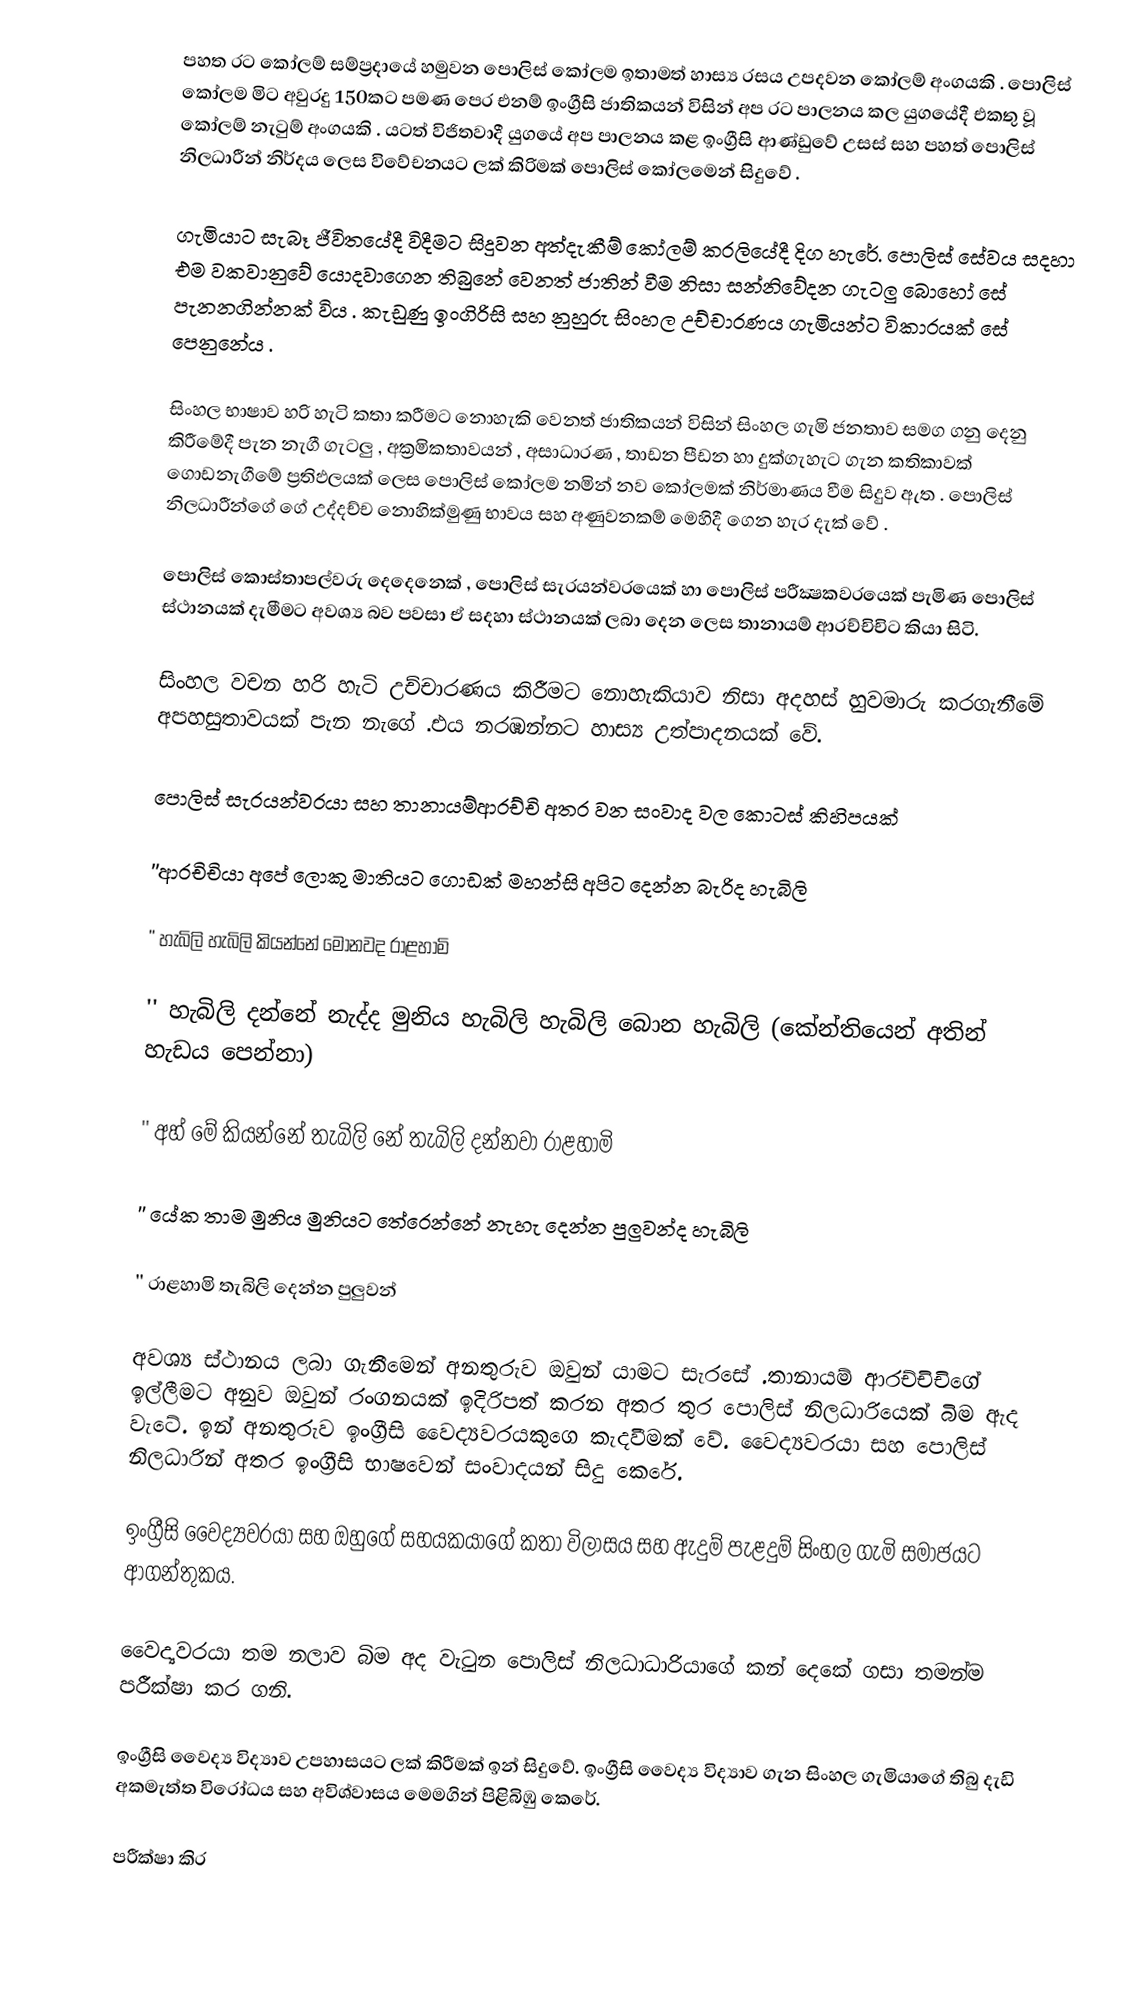
පහත රට කෝලම් සම්ප්‍රදායේ   හමුවන පොලිස්  කෝලම ඉතාමත්  හාස්‍ය රසය උපදවන කෝලම් අංගයකි . පොලිස්  කෝලම  මිට අවුරදු 150කට පමණ පෙර එනම් ඉංග්‍රීසි  ජාතිකයන්   විසින්  අප රට පාලනය කල  යුගයේදී  එකතු  වූ  කෝලම් නැටුම්  අංගයකි . යටත් විජිතවාදී යුගයේ අප පාලනය කළ ඉංග්‍රීසි ආණ්ඩුවේ  උසස්‌ සහ පහත් පොලිස් නිලධාරීන් නිර්දය ලෙස  විවේචනයට ලක් කිරිමක් පොලිස්  කෝලමෙන්  සිදුවේ .

ගැමියාට  සැබෑ  ජීවිතයේදී  විදීමට සිදුවන  අත්දැකීම් කෝලම් කරලියේදී දිග හැරේ. පොලිස් සේවය සදහා  එම  වකවානුවේ   යොදවාගෙන තිබුනේ වෙනත් ජාතින් වීම නිසා සන්නිවේදන ගැටලු බොහෝ සේ පැනනගින්නක් විය  .  කැඩුණු ඉංගිරිසි සහ නුහුරු සිංහල උච්චාරණය ගැමියන්ට විකාරයක් සේ පෙනුනේය .

සිංහල භාෂාව හරි හැටි කතා කරීමට නොහැකි වෙනත් ජාතිකයන් විසින් සිංහල ගැමි ජනතාව සමග ගනු දෙනු කිරීමේදී පැන  නැගී  ගැටලු  , අක්‍රමිකතාවයන්  , අසාධාරණ  , තාඩන පීඩන හා දුක්ගැහැට ගැන කතිකාවක් ගොඩනැගීමේ ප්‍රතිඵලයක් ලෙස  පොලිස්  කෝලම නමින් නව කෝලමක් නිර්මාණය වීම සිදුව ඇත . පොලිස්  නිලධාරීන්ගේ  ගේ උද්දච්ච නොහික්මුණු භාවය සහ අණුවනකම් මෙහිදී  ගෙන හැර  දැක් වේ .

පොලිස් කොස්තාපල්වරු දෙදෙනෙක් ,  පොලිස් සැරයන්වරයෙක් හා  පොලිස් පරීක්‍ෂකවරයෙක් පැමිණ   පොලිස් ස්ථානයක්  දැමීමට අවශ්‍ය බව පවසා  ඒ සදහා ස්ථානයක්  ලබා දෙන ලෙස තානායම්  ආරච්චිචිට කියා සිටි.

සිංහල වචන හරි හැටි උච්චාරණය කිරීමට නොහැකියාව  නිසා අදහස් හුවමාරු කරගැනීමේ අපහසුතාවයක් පැන  නැගේ .එය නරඹන්නට හාස්‍ය උත්පාදනයක් වේ.

පොලිස් සැරයන්වරයා සහ තානායම්ආරච්චි  අතර වන සංවාද වල කොටස් කිහිපයක්

''ආරචිචියා  අපේ ලොකු මාතියට ගොඩක් මහන්සි අපිට දෙන්න බැරිද හැබිලි

'' හැබිලි  හැබිලි  කියන්නේ මොනවද  රාළහාමි  

'' හැබිලි  දන්නේ නැද්ද මුනිය  හැබිලි  හැබිලි  බොන හැබිලි  (කේන්තියෙන් අතින් හැඩය පෙන්නා)

'' අහ් මේ  කියන්නේ තැබිලි නේ තැබිලි දන්නවා රාළහාමි

''  යේක තාම මුනිය මුනියට තේරෙන්නේ නැහැ දෙන්න පුලුවන්ද හැබිලි

''  රාළහාමි තැබිලි  දෙන්න පුලුවන්

අවශ්‍ය ස්ථානය ලබා ගැනීමෙන් අනතුරුව ඔවුන් යාමට සැරසේ .තානායම්  ආරච්චිචිගේ   ඉල්ලීමට අනුව ඔවුන්  රංගනයක් ඉදිරිපත් කරන අතර තුර  පොලිස්  නිලධාරියෙක් බිම ඇද වැටේ.  ඉන් අනතුරුව ඉංග්‍රීසි  වෛද්‍යවරයකුගෙ කැදවීමක් වේ. වෛද්‍යවරයා සහ පොලිස්  නිලධාරින්  අතර ඉංග්‍රීසි භාෂවෙන් සංවාදයන්  සිදු කෙරේ.

ඉංග්‍රීසි වෛද්‍යවරයා  සහ  ඔහුගේ සහයකයාගේ  කතා විලාසය සහ ඇදුම් පැළදුම් සිංහල ගැමි සමාජයට ආගන්තුකය.

වෛද්‍යවරයා  තම නලාව බිම අද වැටුන  පොලිස්  නිලධාධාරියාගේ කන් දෙකේ ගසා  තමන්ම පරීක්ෂා  කර ගනි.

ඉංග්‍රීසි වෛද්‍ය විද්‍යාව උපහාසයට   ලක් කිරීමක් ඉන් සිදුවේ. ඉංග්‍රීසි වෛද්‍ය විද්‍යාව  ගැන සිංහල ගැමියාගේ තිබු දැඩි අකමැත්ත විරෝධය සහ අවිශ්වාසය  මෙමගින් පිළිබිඹු  කෙරේ.

පරීක්ෂා  කිර